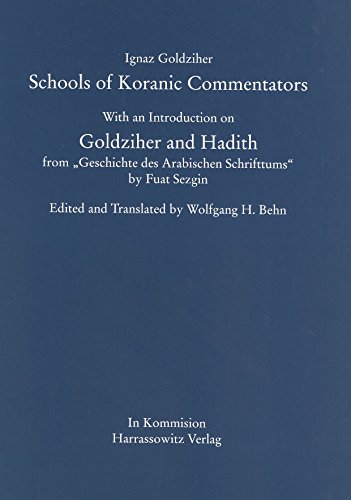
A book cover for Schools of Koranic Commentators: With an Introduction on Goldziher and Hadith from 'Geschichte des Arabischen Schrifttums' by Fuat Sezgin; Ignaz Goldziher; Religion & Spirituality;